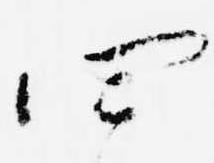
四